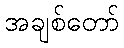
အချစ်တော်